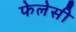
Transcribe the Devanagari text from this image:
फेलेसी